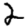
Digit: 2